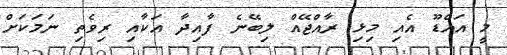
މީ އައްޑޫ އެއި މިޅި ރާއްޖޭއް ލިބޭނެ ފާއިދާ އަކާއި ރިވެތި ނަމަކަށް